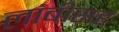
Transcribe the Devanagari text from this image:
लांबीसह